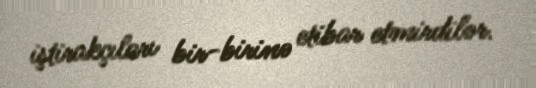
iştirakçıları bir-birinə etibar etmirdilər.